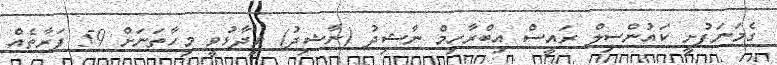
ގެމަނަފުށީ ކައުންސިލް ރައީސް އިބްރާހިމް ނާޝިދު (ނާޝިދު) ވިދާޅުވީ މިހާތަނަށް 59 ފަރާތެއް